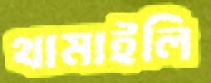
থামাইলি